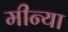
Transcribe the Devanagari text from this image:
मीन्या